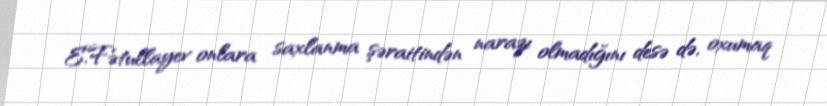
E.Fətullayev onlara saxlanma şəraitindən narazı olmadığını desə də, oxumaq